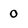
Character: 0